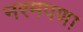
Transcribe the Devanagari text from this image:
नरमपणा